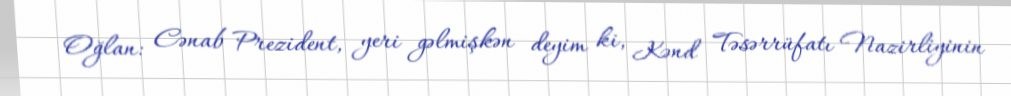
Oğlan: Cənab Prezident, yeri gəlmişkən deyim ki, Kənd Təsərrüfatı Nazirliyinin